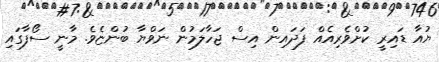
ޔުއާ ޑައިރީ ކުށްވެރިއެއް ފަދައިން އިސް ޖަހާލަމުން ނަވްޔާ ބުންޏެވެ. މާނީ ސޯފާގައި